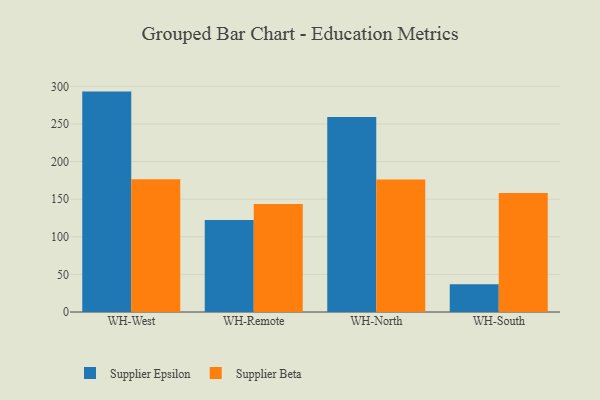
{"axis": {"x": "Warehouse", "y": "Customer Acquisition Cost (USD)"}, "legend": ["Supplier Beta", "Supplier Epsilon"], "data": [{"x": "WH-West", "y": 293.0, "type": "Supplier Epsilon"}, {"x": "WH-West", "y": 176.6, "type": "Supplier Beta"}, {"x": "WH-Remote", "y": 122.3, "type": "Supplier Epsilon"}, {"x": "WH-Remote", "y": 143.7, "type": "Supplier Beta"}, {"x": "WH-North", "y": 259.3, "type": "Supplier Epsilon"}, {"x": "WH-North", "y": 176.0, "type": "Supplier Beta"}, {"x": "WH-South", "y": 36.8, "type": "Supplier Epsilon"}, {"x": "WH-South", "y": 158.1, "type": "Supplier Beta"}]}